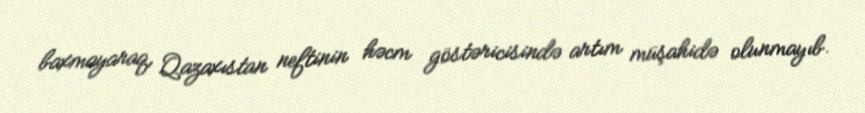
baxmayaraq, Qazaxıstan neftinin həcm göstəricisində artım müşahidə olunmayıb.